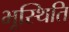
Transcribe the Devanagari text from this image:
भूस्थिति